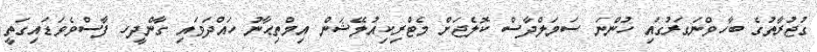
ގުޖުރާތުގެ ބާހވްނަގަރުގައި ހުންނަ ސަމަލްދާސް ކޮލެޖަށް މެޓްރިކިއުލޭޝަން އިމްތިޙާނު ހައްދަވައި ގާންދީހ ފާސްވެވަޑައިގަތީ